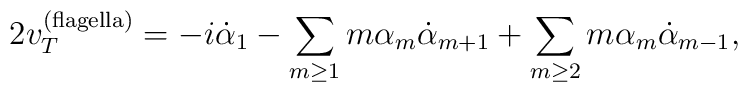
2v_T ^{(\rm flagella)} = -i \dot{\alpha}_1  - \sum_{m \geq 1} m \alpha_m \dot{\alpha}_{m+1} +  \sum_{m \geq 2} m \alpha_m \dot{\alpha}_{m-1} ,